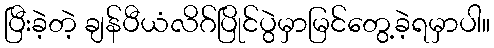
ပြီးခဲ့တဲ့ ချန်ပီယံလိဂ်ပြိုင်ပွဲမှာမြင်တွေ့ခဲ့ရမှာပါ။